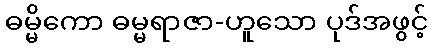
ဓမ္မိကော ဓမ္မရာဇာ-ဟူသော ပုဒ်အဖွင့်